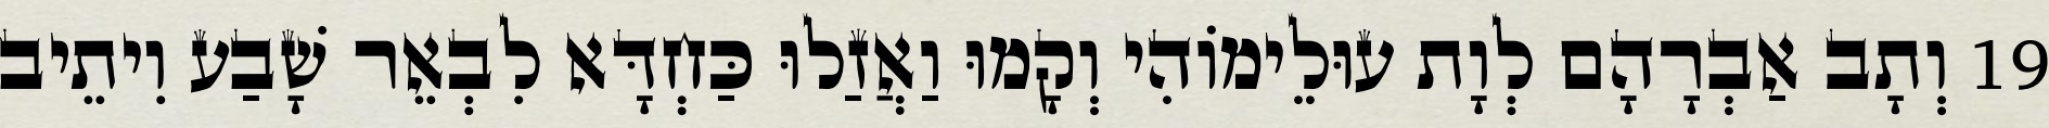
19 וְתָב אַבְרָהָם לְוָת עוּלֵימוֹהִי וְקָמוּ וַאֲזַלוּ כַּחְדָּא לִבְאֵר שָׁבַע וִיתֵיב